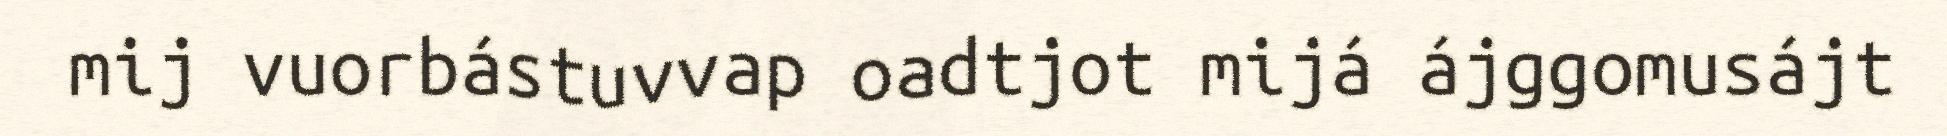
mij vuorbástuvvap oadtjot mijá ájggomusájt